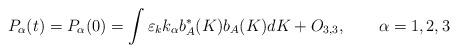
LaTeX: \begin{align*}P_{\alpha }(t)=P_{\alpha }(0)=\int \varepsilon _{k}k_{\alpha }b_{A}^{\ast}(K)b_{A}(K)dK+O_{3,3},\qquad \alpha =1,2,3 \end{align*}